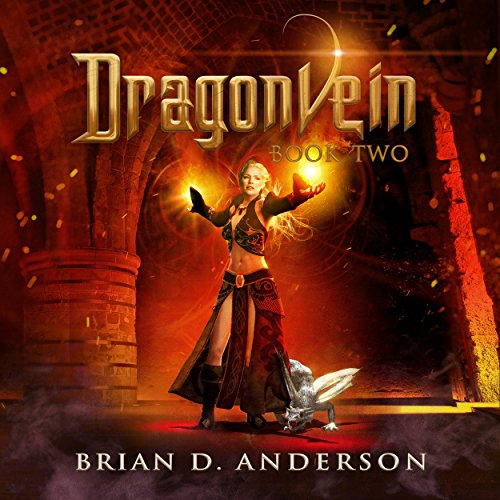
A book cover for Dragonvein: Book Two; Brian D. Anderson; Literature & Fiction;